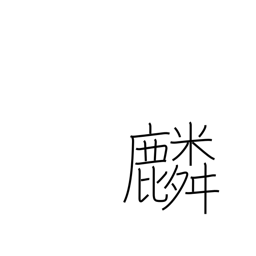
Meaning: giraffe